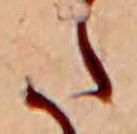
た